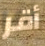
أقر